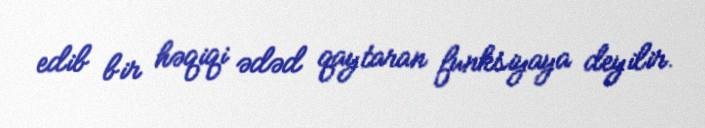
edib bir həqiqi ədəd qaytaran funksiyaya deyilir.